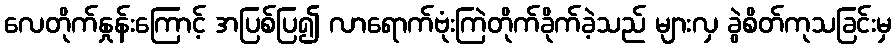
လေတိုက်နှုန်းကြောင့် အပြစ်ပြ၍ လာရောက်ဗုံးကြဲတိုက်ခိုက်ခဲ့သည် များလှ ခွဲစိတ်ကုသခြင်းမှ